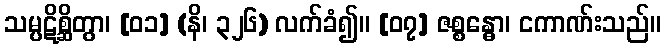
သမ္ပဋိစ္ဆိတွာ၊ [၀၁] (နိ၊ ၃၂၆) လက်ခံ၍။ [၀၇] ဇစ္စန္ဓော၊ ငကာဏ်းသည်။